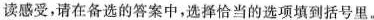
读感受，请在备选的答案中，选择恰当的选项填到括号里。